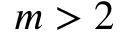
m > 2